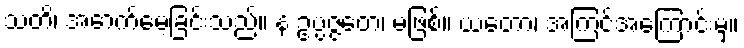
သတိ၊ အောက်မေ့ခြင်းသည်။ န ဥပ္ပဇ္ဇတေ၊ မဖြစ်။ ယတော၊ အကြင်အကြောင်းမှ။